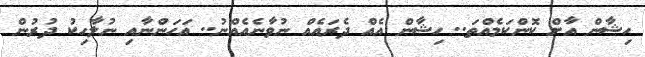
ހިޝާން އާށް ކޮންކަމެއްތަ.. ހިޝާން އެއް ދެރައެއް ނުވާނެއެއްނު.. އަހަންނާއި ނުލާހިކު ދުރުން